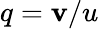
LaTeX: q=\mathbf{v}/u